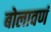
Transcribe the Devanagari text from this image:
बोलावणं